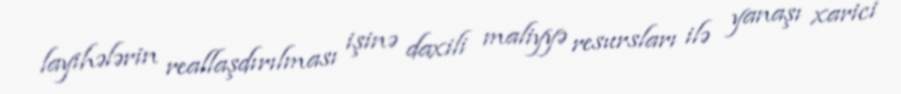
layihələrin reallaşdırılması işinə daxili maliyyə resursları ilə yanaşı xarici